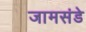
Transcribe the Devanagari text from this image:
जामसंडे